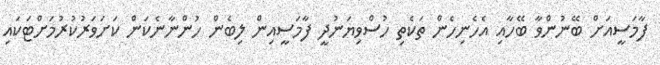
ފާމަސީއަށް ބޭނުންވާ ބޭހާއި އެހެނިހެން ތަކެތި ހުސްވިޔަނުދީ ފާމަސީއިން ލިބެން ހުންނާނެކަން ކަށަވަރުކުރުމަށްޓަކައި